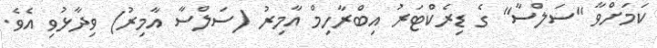
ކަމަށްވާ "ސަލްސާ" ގެ ޑިރެކްޓަރު އިބްރާހިމް އާމިރު (ސަލްސާ އާމިރު) ވިދާޅުވި އެވެ.